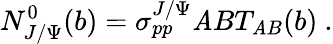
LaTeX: N_{J/\Psi}^{0}(b)=\sigma_{pp}^{J/\Psi}\mathit{A}BT_{\mathit{A}B}(b)\ .